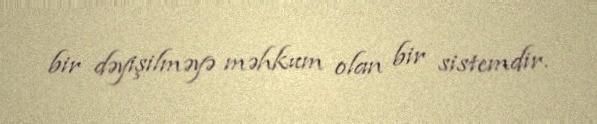
bir dəyişilməyə məhkum olan bir sistemdir.